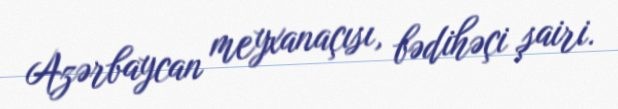
Azərbaycan meyxanaçısı, bədihəçi şairi.